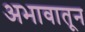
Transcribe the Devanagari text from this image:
अभावातून